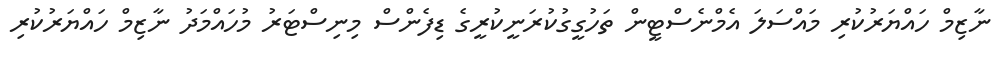
ނާޒިމް ހައްޔަރުކުރި މައްސަލަ އެމްނެސްޓީން ތަހުގީގުކުރަނީކުރީގެ ޑިފެންސް މިނިސްޓަރު މުހައްމަދު ނާޒިމް ހައްޔަރުކުރި